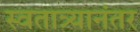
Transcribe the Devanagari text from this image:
स्वतात्र्यानंतर